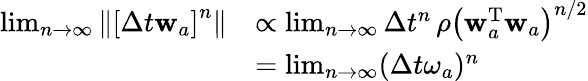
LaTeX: \begin{array}{rl}{\operatorname*{lim}_{n\rightarrow\infty}\left\| \left[\Delta t\mathbf{w}_{a}\right]^{n}\right\| }&{\propto\operatorname*{lim}_{n\rightarrow\infty}\Delta t^{n}\, \rho\left(\mathbf{w}_{a}^{\mathrm{T}}\mathbf{w}_{a}\right)^{n/2}}\\ &{=\operatorname*{lim}_{n\rightarrow\infty}(\Delta t\omega_{a})^{n}}\end{array}